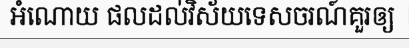
អំណោយ ផលដល់វិស័យទេសចរណ៍គួរឲ្យ